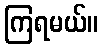
ကြရမယ်။